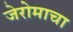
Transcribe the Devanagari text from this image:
जेरोमाचा